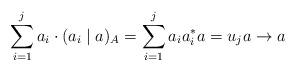
LaTeX: \begin{align*}\sum_{i=1}^j a_i \cdot (a_i \mid a)_A = \sum_{i=1}^j a_ia_i^*a = u_j a \to a\end{align*}